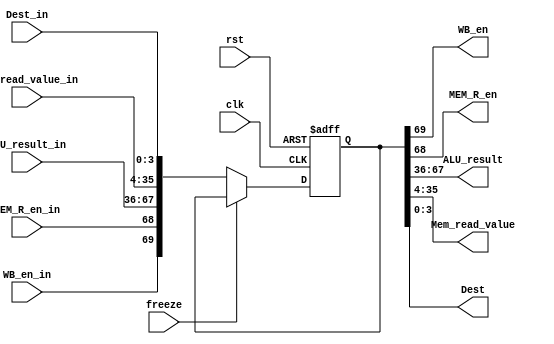
module MEM_reg(clk, rst, WB_en_in, MEM_R_en_in, ALU_result_in, Mem_read_value_in, Dest_in,
		WB_en, MEM_R_en, ALU_result, Mem_read_value, Dest, freeze);
	input clk;
	input rst;
	input WB_en_in;
	input MEM_R_en_in;
	input [31:0] ALU_result_in;
	input [31:0] Mem_read_value_in;
	input [3:0] Dest_in;
	input freeze;
	output WB_en;
	output MEM_R_en;
	output [31:0] ALU_result;
	output [31:0] Mem_read_value;
	output [3:0] Dest;

	wire [69:0]parin;
	reg [69:0]parout;
	assign	parin = {WB_en_in, MEM_R_en_in, ALU_result_in, Mem_read_value_in, Dest_in};
	assign {WB_en, MEM_R_en, ALU_result, Mem_read_value, Dest} = parout;

	always @(posedge clk, posedge rst) begin
		if(rst)
			parout <= 70'b0;
		else if(~freeze)
			parout <= parin;
	end

endmodule